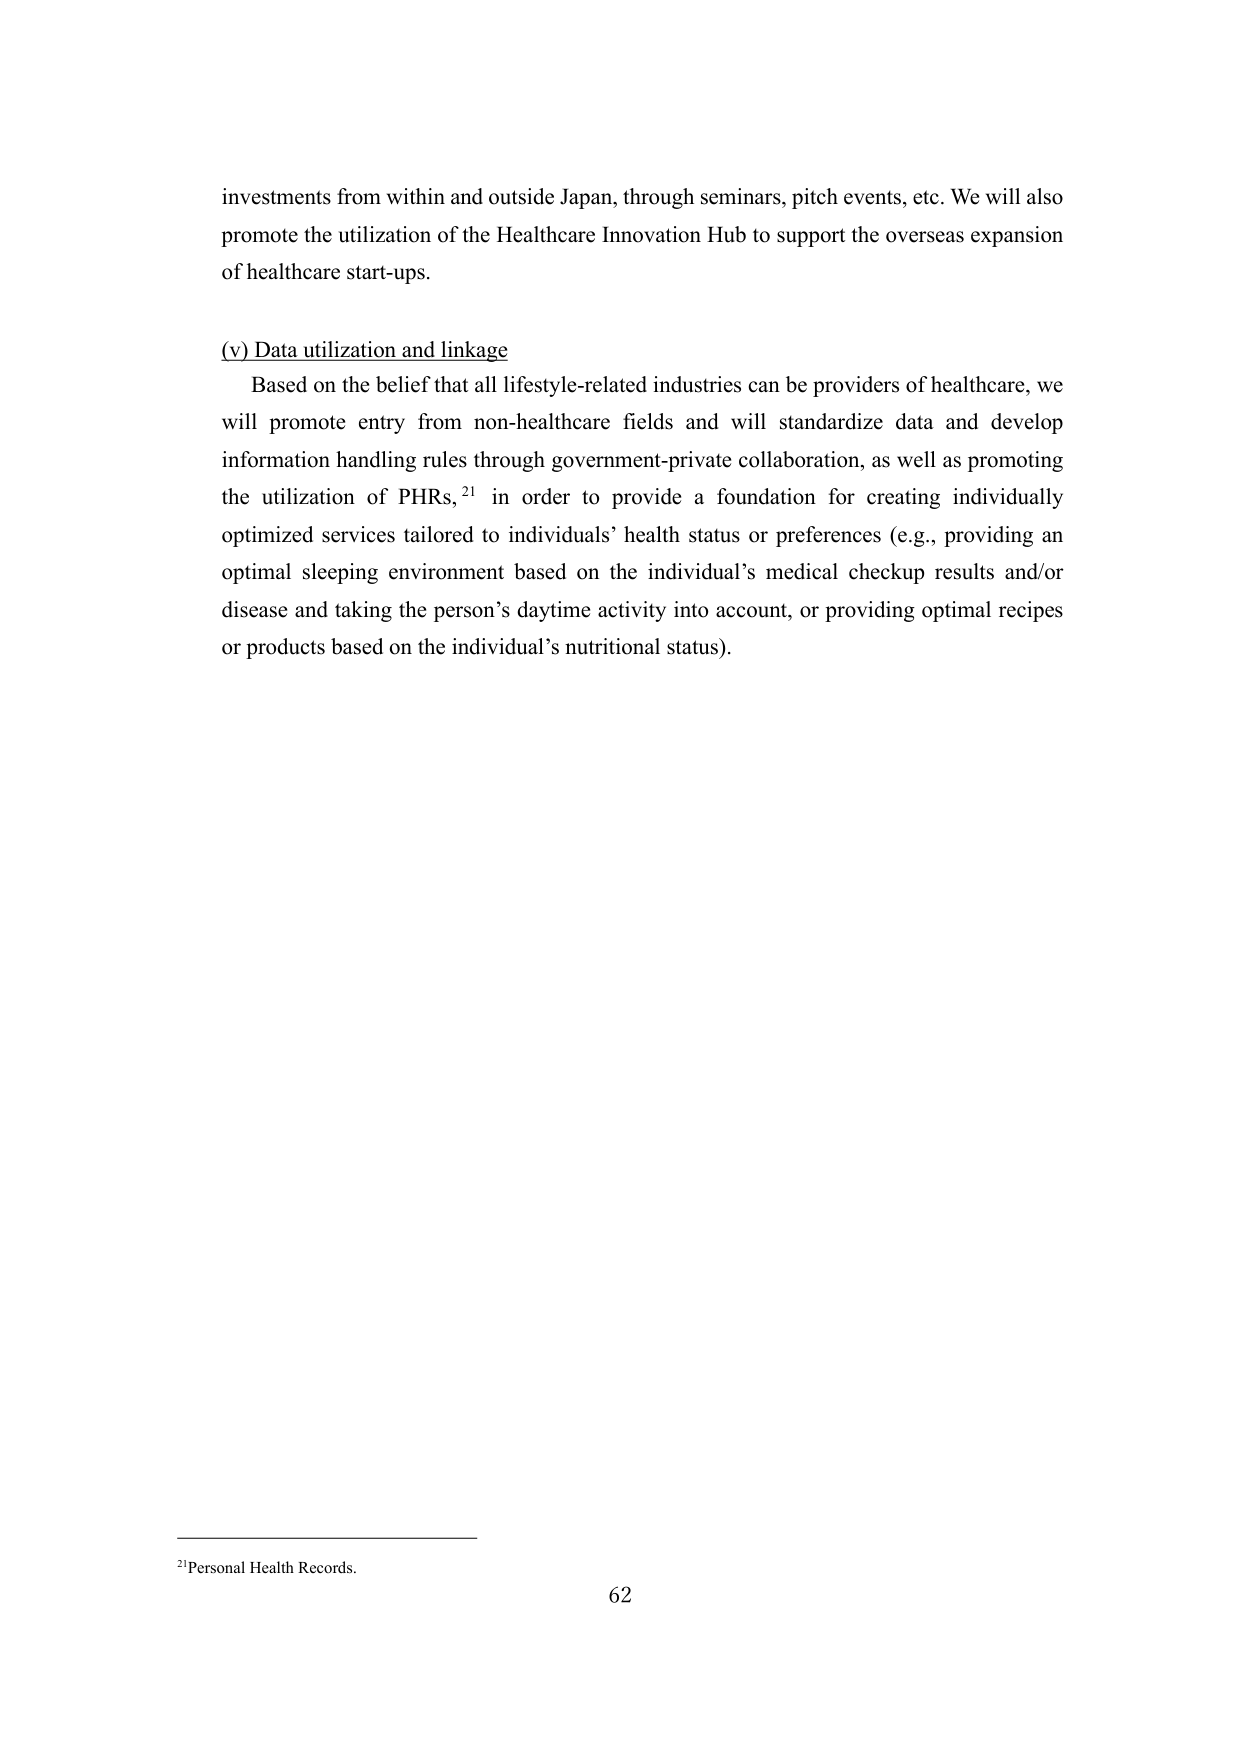
investments from within and outside Japan, through seminars, pitch events, etc. We will also promote the utilization of the Healthcare Innovation Hub to support the overseas expansion of healthcare start-ups.

(v) Data utilization and linkage
Based on the belief that all lifestyle-related industries can be providers of healthcare, we will promote entry from non-healthcare fields and will standardize data and develop information handling rules through government-private collaboration, as well as promoting the utilization of PHRs,²¹ in order to provide a foundation for creating individually optimized services tailored to individuals’ health status or preferences (e.g., providing an optimal sleeping environment based on the individual’s medical checkup results and/or disease and taking the person’s daytime activity into account, or providing optimal recipes or products based on the individual’s nutritional status).

²¹Personal Health Records.
62